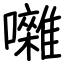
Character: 囃